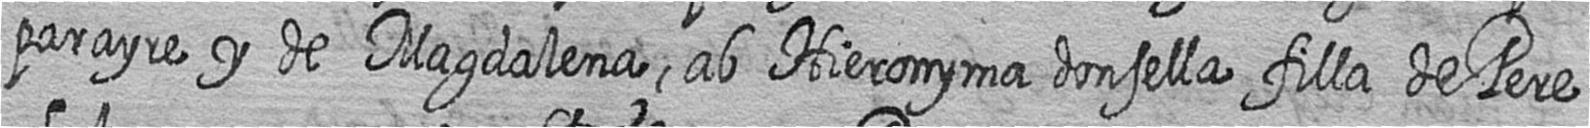
parayre y de Magdalena ab Hieronyma donsella filla de Pere